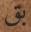
بق